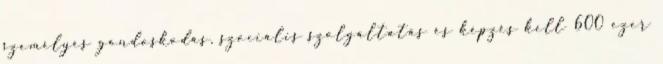
személyes gondoskodás, szociális szolgáltatás és képzés kell 600 ezer